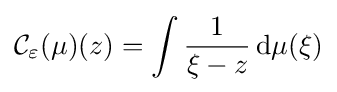
{\mathcal {C}}_{\varepsilon }(\mu )(z)=\int {\frac {1}{\xi -z}}\,\mathrm {d} \mu (\xi )